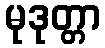
မုဒုတ္တာ